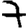
Digit: 7